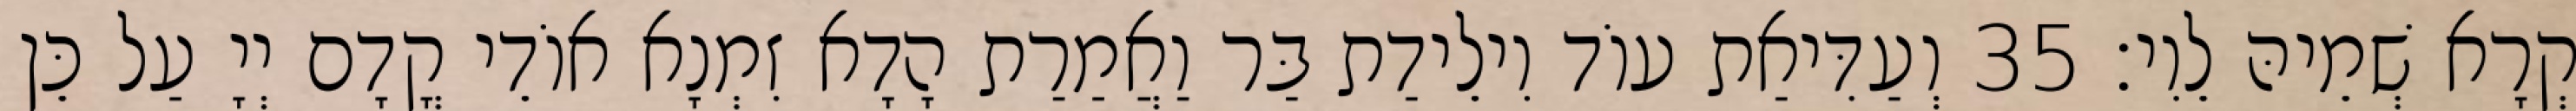
קְרָא שְׁמֵיהּ לֵוִי׃ 35 וְעַדִּיאַת עוֹד וִילֵידַת בַּר וַאֲמַרַת הָדָא זִמְנָא אוֹדֵי קֳדָם יְיָ עַל כֵּן